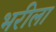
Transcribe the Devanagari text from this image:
भरीला